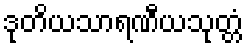
ဒုတိယသာရဏီယသုတ္တံ